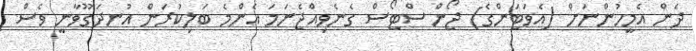
ދެން އެމީހުންނަށް (އެވަޓަންގެ) ޖޯން ސްޓޯސް ގެނެވިއްޖެނަމަ އެންމެ ބަލިކުރަން އުނދަގޫވާނީ ވެސް